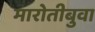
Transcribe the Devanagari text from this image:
मारोतीबुवा